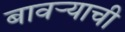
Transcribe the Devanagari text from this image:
बावऱ्याची